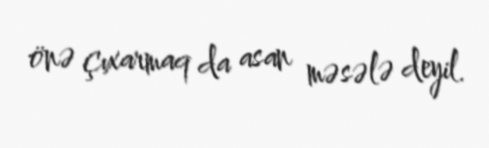
önə çıxarmaq da asan məsələ deyil.